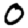
Digit: 0